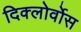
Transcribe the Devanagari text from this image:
दिक्लोर्वोस